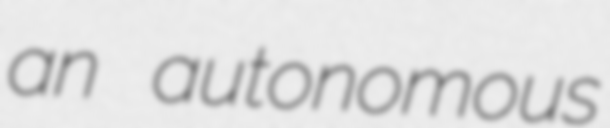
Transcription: an autonomous